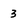
Character: 3